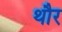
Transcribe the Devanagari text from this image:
थौर